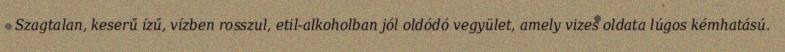
Szagtalan, keserű ízű, vízben rosszul, etil-alkoholban jól oldódó vegyület, amely vizes oldata lúgos kémhatású.